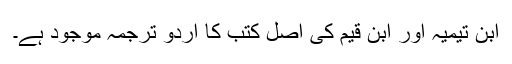
ابن تیمیہ اور ابن قیم کی اصل کتب کا اردو ترجمہ موجود ہے۔